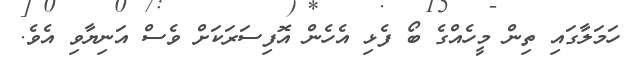
ހަމަލާގައި ތިން މީހެއްގެ ބޯ ފެޅި އެހެން އޮފިސަރަކަށް ވެސް އަނިޔާވި އެވެ.